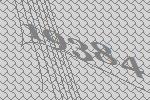
19384